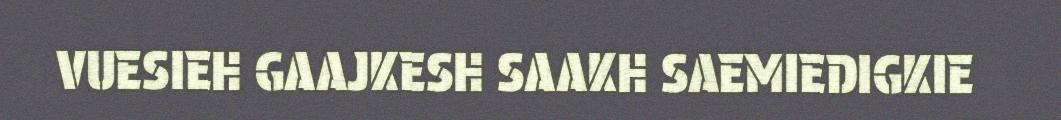
VUESIEH GAAJKESH SAAKH SAEMIEDIGKIE